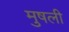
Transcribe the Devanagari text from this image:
मुषली